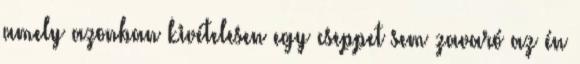
amely azonban kivételesen egy cseppet sem zavaró az én